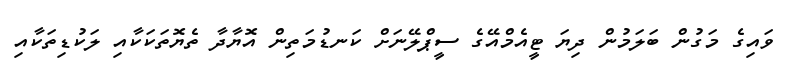
ވައިގެ މަގުން ބަލަމުން ދިޔަ ޓީއެމްއޭގެ ސީޕްލޭނަށް ކަނޑުމަތިން އޮޔާދާ ތެޔޮތަކަކާއި ލަކުޑިތަކާއި